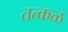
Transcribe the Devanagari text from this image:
तत्कळ